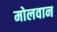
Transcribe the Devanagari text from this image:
मोलवान